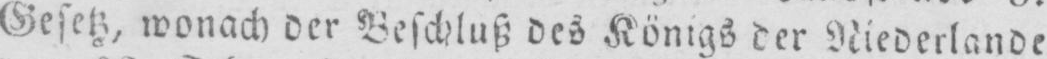
Gesetz, wonach der Beschluß des Königs der Niederlande